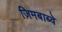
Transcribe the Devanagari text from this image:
ज़िमबाब्वे